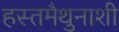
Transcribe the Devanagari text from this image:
हस्तमैथुनाशी